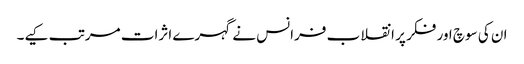
ان کی سوچ اور فکر پر انقلاب فرانس نے گہرے اثرات مرتب کیے۔